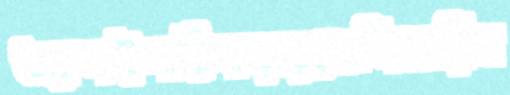
অ্যাশইশাহীপাড়ায়ডেলিভারিগ